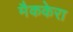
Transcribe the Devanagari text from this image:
मैककेरा